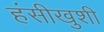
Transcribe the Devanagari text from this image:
हंसीखुशी